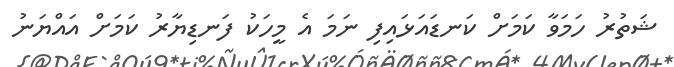
ޝަތުރު ހަމަވާ ކަމަށް ކަނޑައަޅައިފި ނަމަ އެ މީހަކު ފަނޑިޔާރު ކަމަށް އައްޔަނު